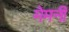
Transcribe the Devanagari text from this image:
मेमनी